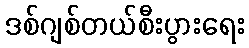
ဒစ်ဂျစ်တယ်စီးပွားရေး